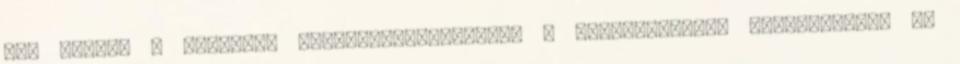
már szakít a lineáris történetvezetéssel. A visszatekintő monológokkal és